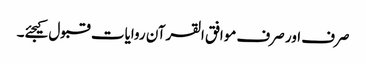
صرف اور صرف موافق القرآن روایات قبول کیجئے۔